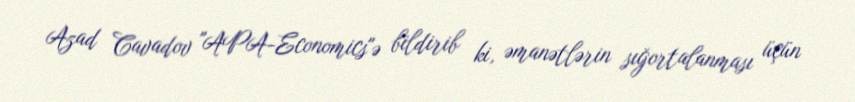
Azad Cavadov "APA-Economics"ə bildirib ki, əmanətlərin sığortalanması üçün